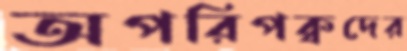
অপরিপক্বদের